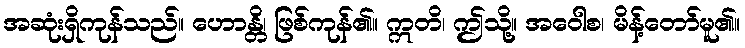
အဆုံးရှိကုန်သည်။ ဟောန္တိ၊ ဖြစ်ကုန်၏။ ဣတိ၊ ဤသို့။ အဝေါစ၊ မိန့်တော်မူ၏။